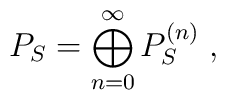
P_S= \bigoplus\limits_{n=0}^{\infty} P_S^{(n)}\;,